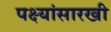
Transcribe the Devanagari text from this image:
पक्ष्यांसारखी